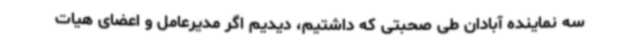
سه نماینده آبادان طی صحبتی که داشتیم، دیدیم اگر مدیرعامل و اعضای هیات